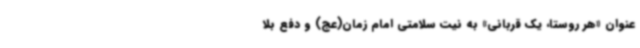
عنوان «هر روستا، یک قربانی» به نیت سلامتی امام زمان(عج) و دفع بلا